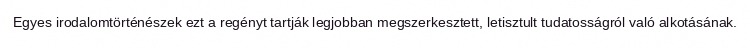
Egyes irodalomtörténészek ezt a regényt tartják legjobban megszerkesztett, letisztult tudatosságról való alkotásának.